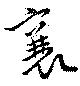
襄